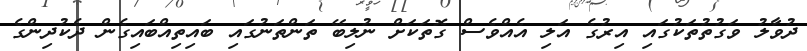
ދުވާލު ވަގުތުތަކުގައި އިރުގެ އަލި އެއްވެސް ގޮތަކަށް ނުލިބޭ ތަންތަނުގައި ބައިތިއްބައިގެން ދެކުދިންގެ